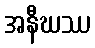
အနီဃဿ